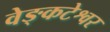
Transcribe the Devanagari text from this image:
वेङ्कटेश्वर